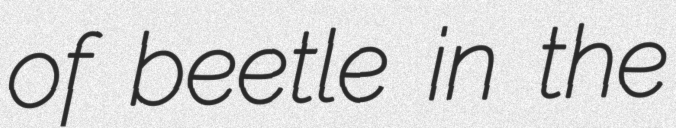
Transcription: of beetle in the